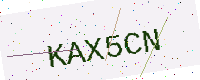
Text: KAX5CN